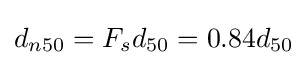
d_{n50}=F_{s}d_{50}=0.84d_{50}